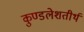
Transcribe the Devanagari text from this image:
कुण्डलेशतीर्थ